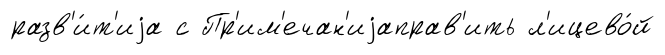
разв'и́т'иjа с Пр'им'ечан'иjаправ'ить л'ицево́й